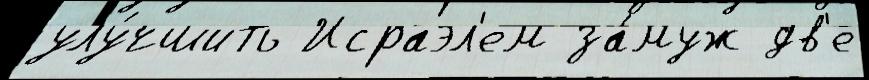
улу́чшить Исраэл'ем за́муж дв'е